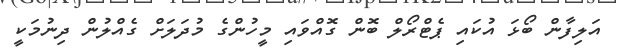
އަލިފާން ބޯޅަ އުކައި ޕެޓްރޯލް ބޮން ގޮއްވައި މީހުންގެ މުދަލަށް ގެއްލުން ދިނުމަކީ